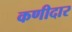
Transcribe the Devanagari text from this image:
कणीदार